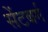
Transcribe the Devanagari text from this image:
सेंटबर्ग